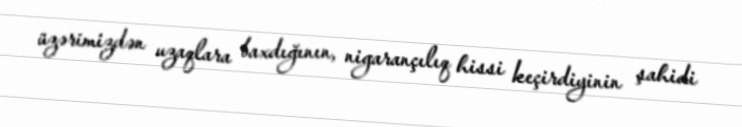
üzərimizdən uzaqlara baxdığının, nigarançılıq hissi keçirdiyinin şahidi